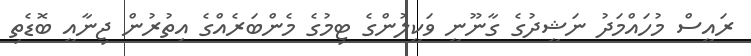
ރައީސް މުހައްމަދު ނަޝީދުގެ ގާނޫނީ ވަކީލުންގެ ޓިމުގެ މެންބަރެއްގެ އިތުރުން ޖިނާއީ ބޮޑެތި